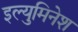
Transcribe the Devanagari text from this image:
इल्युमिनेश